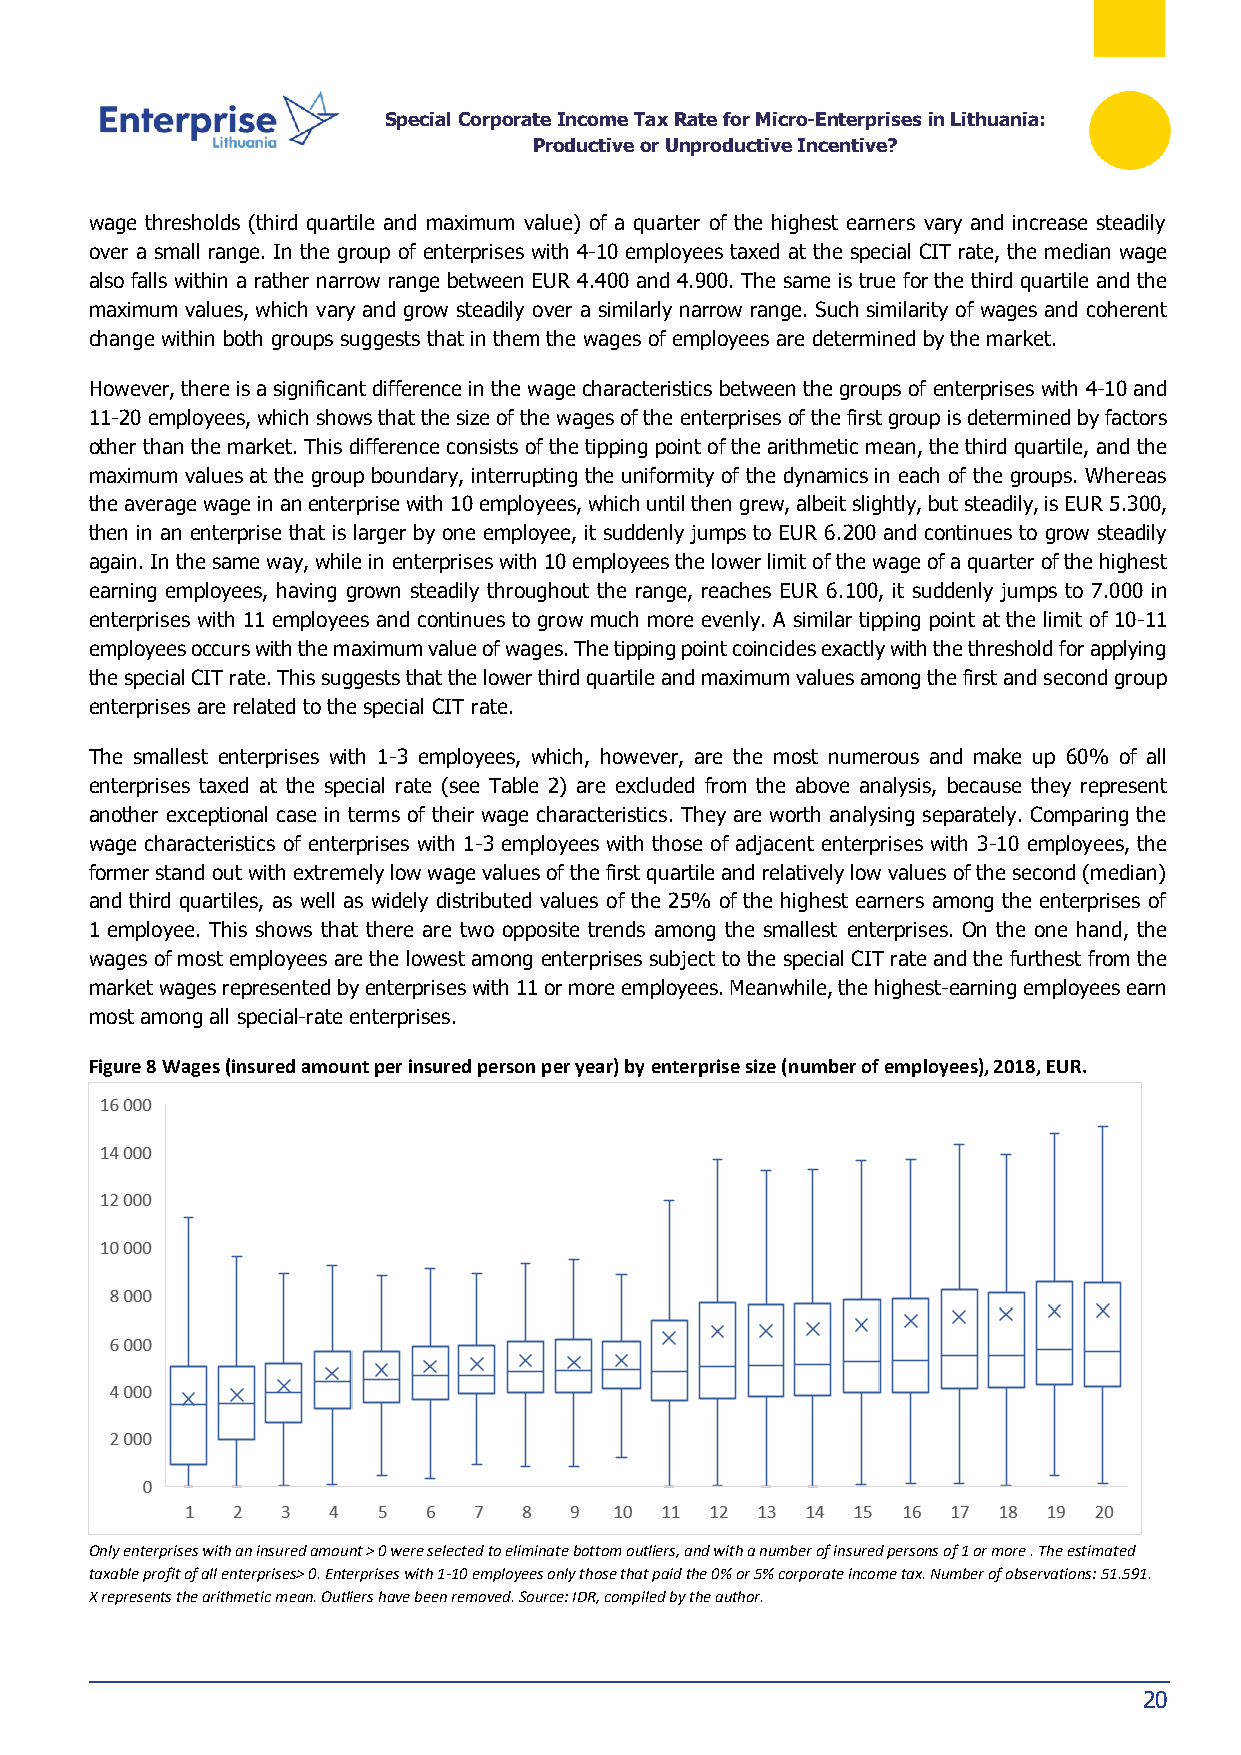
Special Corporate Income Tax Rate for Micro-Enterprises in Lithuania:
 Productive or Unproductive Incentive?
 wage thresholds (third quartile and maximum value) of a quarter of the highest earners vary and increase steadily
 over a small range. In the group of enterprises with 4-10 employees taxed at the special CIT rate, the median wage
 also falls within a rather narrow range between EUR 4.400 and 4.900. The same is true for the third quartile and the
 maximum values, which vary and grow steadily over a similarly narrow range. Such similarity of wages and coherent
 change within both groups suggests that in them the wages of employees are determined by the market.
 However, there is a significant difference in the wage characteristics between the groups of enterprises with 4-10 and
 11-20 employees, which shows that the size of the wages of the enterprises of the first group is determined by factors
 other than the market. This difference consists of the tipping point of the arithmetic mean, the third quartile, and the
 maximum values at the group boundary, interrupting the uniformity of the dynamics in each of the groups. Whereas
 the average wage in an enterprise with 10 employees, which until then grew, albeit slightly, but steadily, is EUR 5.300,
 then in an enterprise that is larger by one employee, it suddenly jumps to EUR 6.200 and continues to grow steadily
 again. In the same way, while in enterprises with 10 employees the lower limit of the wage of a quarter of the highest
 earning employees, having grown steadily throughout the range, reaches EUR 6.100, it suddenly jumps to 7.000 in
 enterprises with 11 employees and continues to grow much more evenly. A similar tipping point at the limit of 10-11
 employees occurs with the maximum value of wages. The tipping point coincides exactly with the threshold for applying
 the special CIT rate. This suggests that the lower third quartile and maximum values among the first and second group
 enterprises are related to the special CIT rate.
 The smallest enterprises with 1-3 employees, which, however, are the most numerous and make up 60% of all
 enterprises taxed at the special rate (see Table 2) are excluded from the above analysis, because they represent
 another exceptional case in terms of their wage characteristics. They are worth analysing separately. Comparing the
 wage characteristics of enterprises with 1-3 employees with those of adjacent enterprises with 3-10 employees, the
 former stand out with extremely low wage values of the first quartile and relatively low values of the second (median)
 and third quartiles, as well as widely distributed values of the 25% of the highest earners among the enterprises of
 1 employee. This shows that there are two opposite trends among the smallest enterprises. On the one hand, the
 wages of most employees are the lowest among enterprises subject to the special CIT rate and the furthest from the
 market wages represented by enterprises with 11 or more employees. Meanwhile, the highest-earning employees earn
 most among all special-rate enterprises.
 Figure 8 Wages (insured amount per insured person per year) by enterprise size (number of employees), 2018, EUR.
 Only enterprises with an insured amount > 0 were selected to eliminate bottom outliers, and with a number of insured persons of 1 or more . The estimated
 taxable profit of all enterprises> 0. Enterprises with 1-10 employees only those that paid the 0% or 5% corporate income tax. Number of observations: 51.591.
 X represents the arithmetic mean. Outliers have been removed. Source: IDR, compiled by the author.
 20